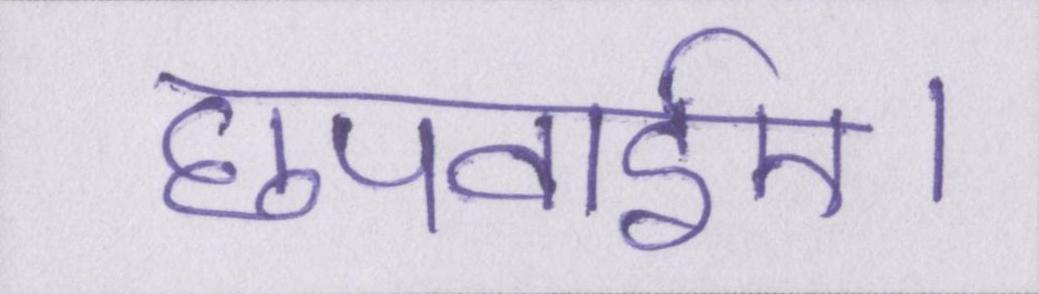
छपवाईए।